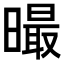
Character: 𣋁